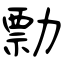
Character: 勡